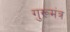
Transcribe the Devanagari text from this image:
गुरूमंत्र